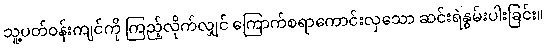
သူ့ပတ်ဝန်းကျင်ကို ကြည့်လိုက်လျှင် ကြောက်စရာကောင်းလှသော ဆင်းရဲနွမ်းပါးခြင်း။